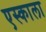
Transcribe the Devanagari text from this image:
एस्काला